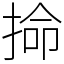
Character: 掵